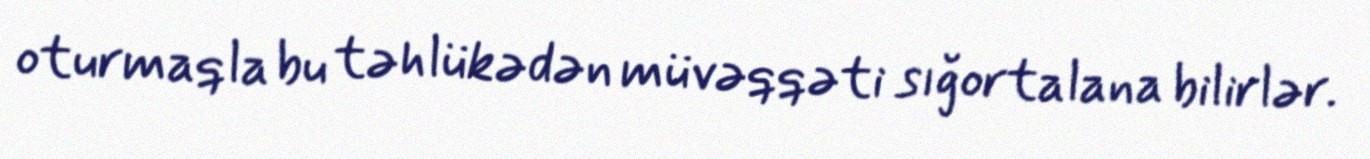
oturmaqla bu təhlükədən müvəqqəti sığortalana bilirlər.